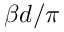
\beta d / \pi